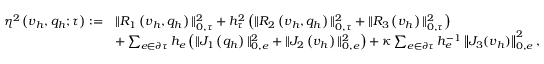
\begin{array} { r l } { \eta ^ { 2 } \left( \boldsymbol { v } _ { h } , { q } _ { h } ; \tau \right) : = } & { \| R _ { 1 } \left( \boldsymbol { v } _ { h } , { q } _ { h } \right) \| _ { 0 , \tau } ^ { 2 } + h _ { \tau } ^ { 2 } \left( \| R _ { 2 } \left( \boldsymbol { v } _ { h } , { q } _ { h } \right) \| _ { 0 , \tau } ^ { 2 } + \| R _ { 3 } \left( \boldsymbol { v } _ { h } \right) \| _ { 0 , \tau } ^ { 2 } \right) } \\ & { + \sum _ { e \in \partial \tau } h _ { e } \left( \| J _ { 1 } \left( { q } _ { h } \right) \| _ { 0 , e } ^ { 2 } + \| J _ { 2 } \left( \boldsymbol { v } _ { h } \right) \| _ { 0 , e } ^ { 2 } \right) + \kappa \sum _ { e \in \partial \tau } h _ { e } ^ { - 1 } \left\| J _ { 3 } ( \boldsymbol { v } _ { h } ) \right\| _ { 0 , e } ^ { 2 } , } \end{array}